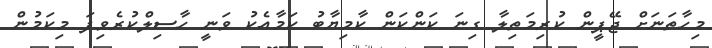
މިހާތަނަށް ޖޭޕީން ކުރިމަތިލާ ގިނަ ކަންކަން ކާމިޔާބު ކަމާއެކު ވަނީ ހާސިލްކުރެވިފަ މިކަމުން